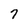
Character: 7